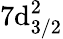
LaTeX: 7\mathrm{d}_{3/2}^{2}